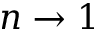
n \to 1